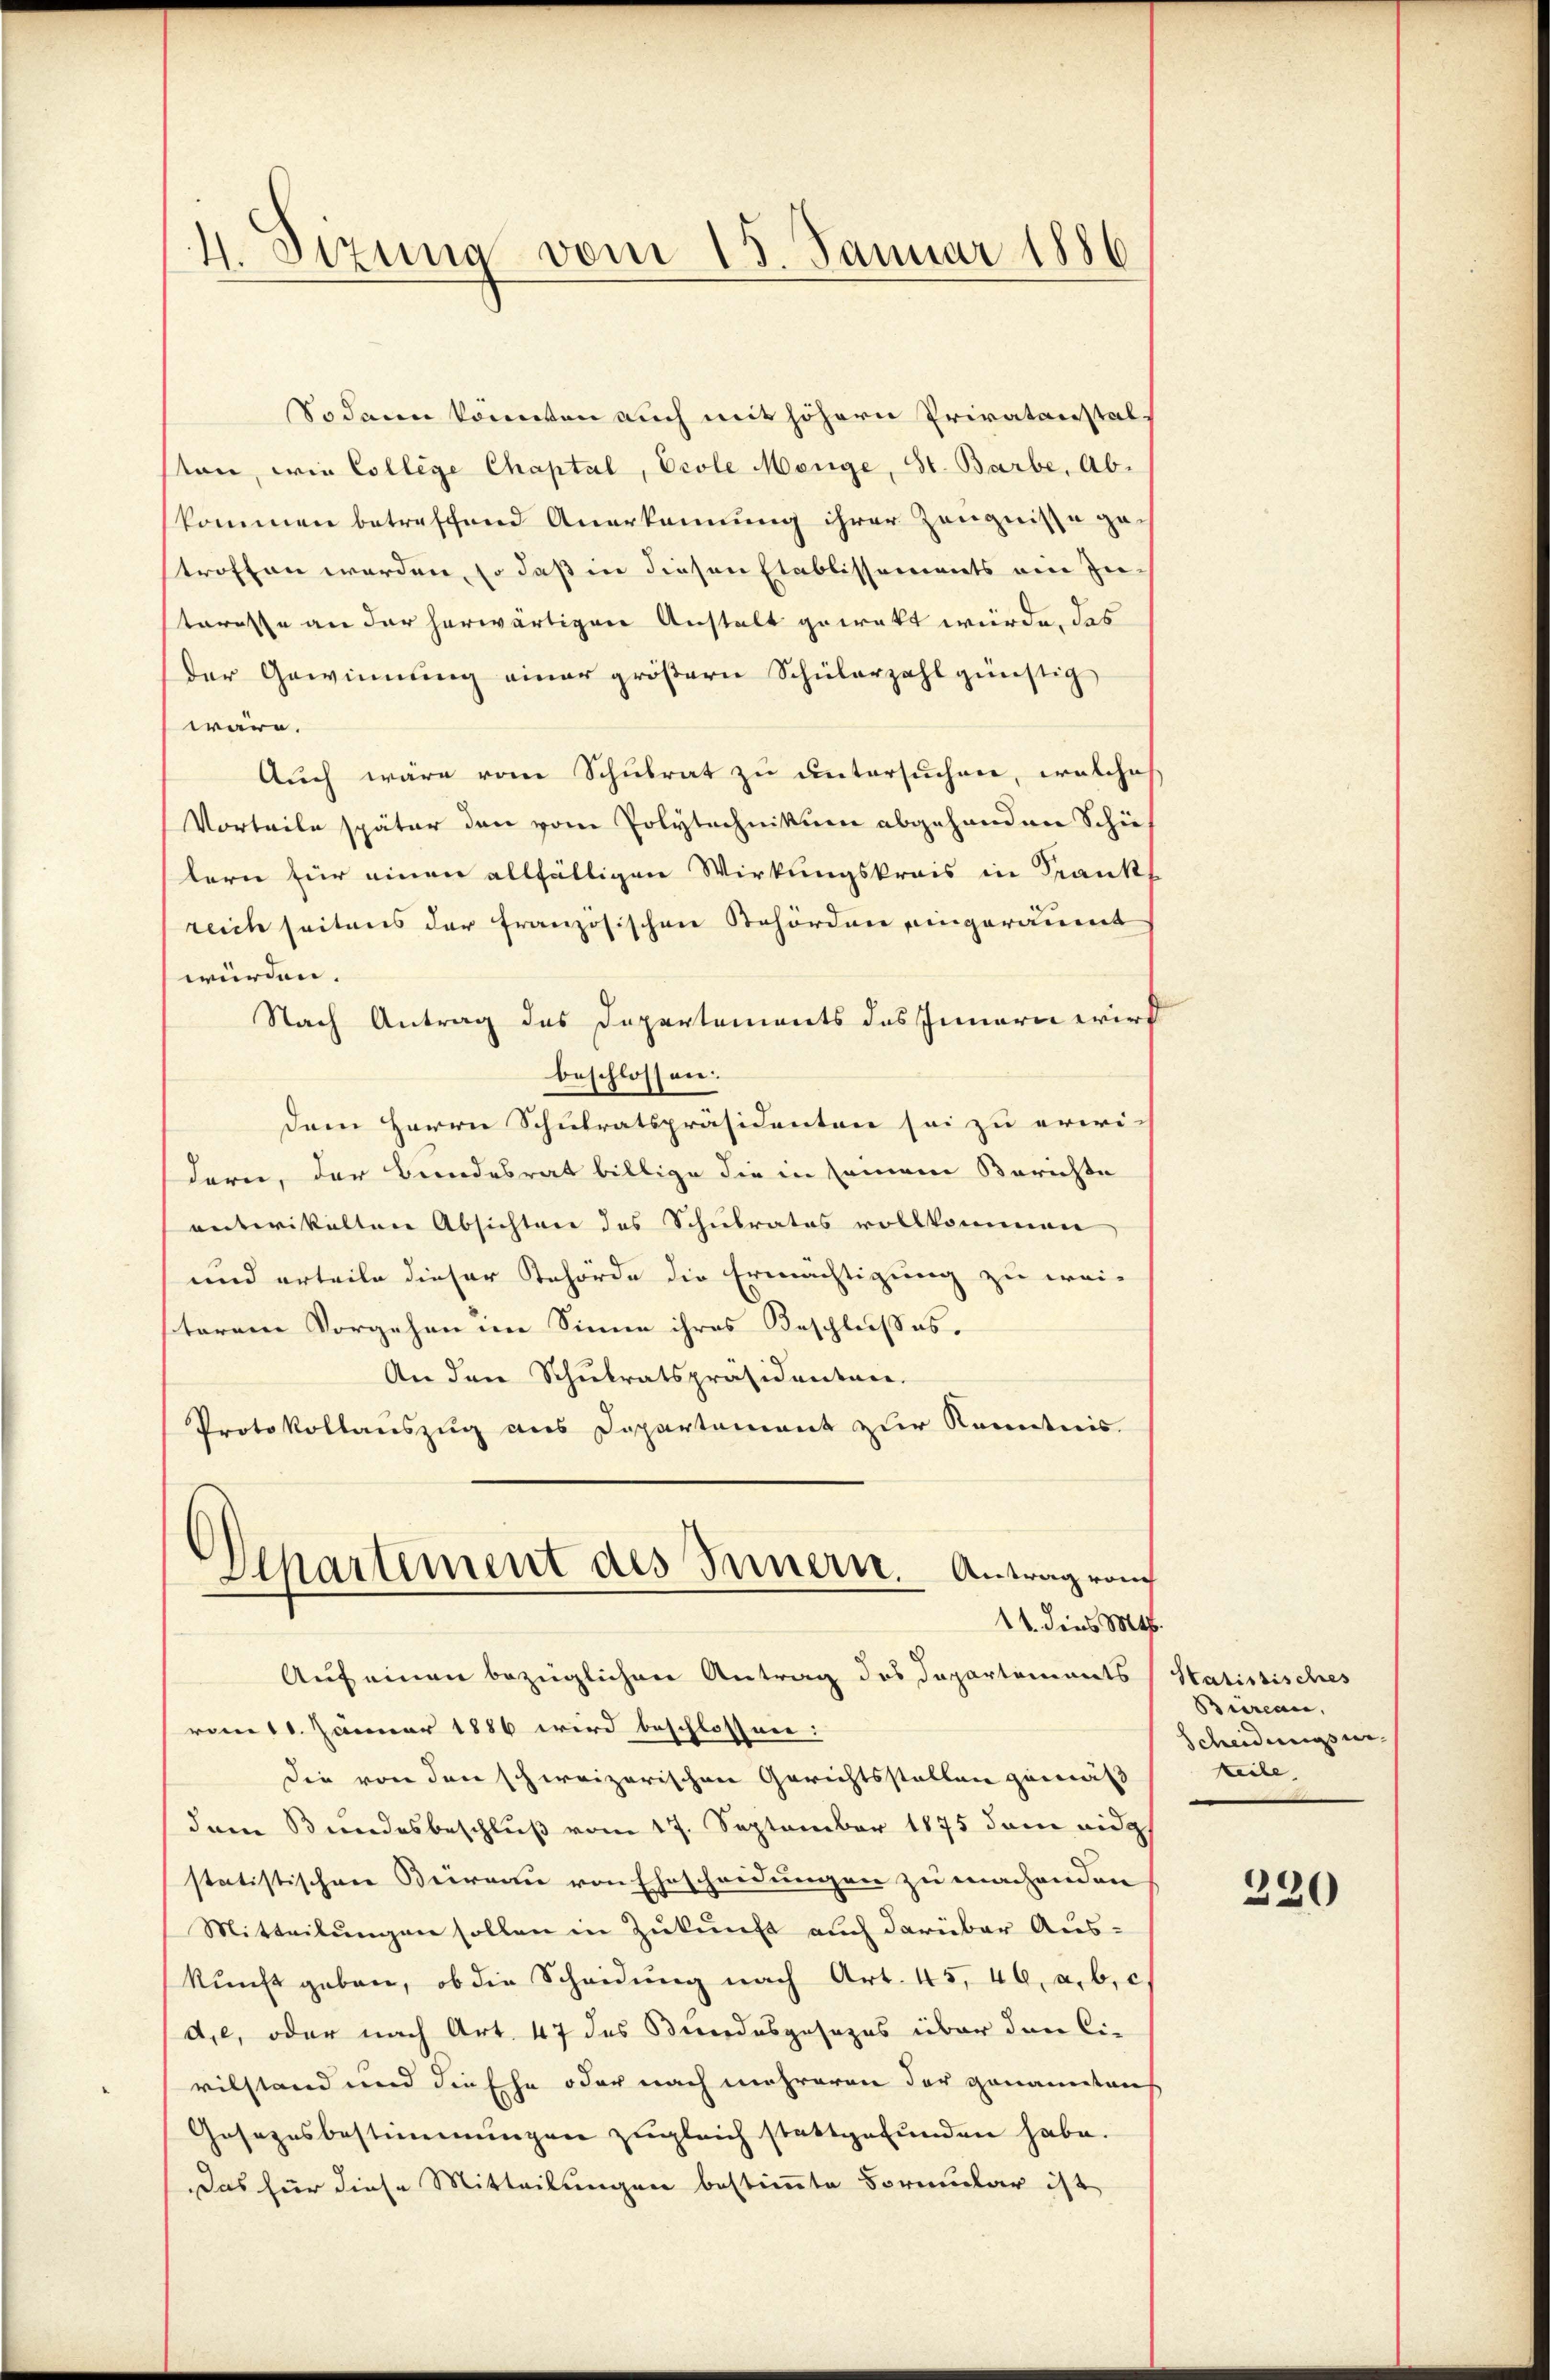
4. Sizung vom 15. Januar 1886

Sodann könnten auch mit höhern Privatanstalton, wie College Chaptal, Ecole Menge, St. Barbe, Abkommen betreffend Anerkennung ihrer Zeugnisse getroffen worden, so daß in diesen Etablissements ein In
steresse an der herwärtigen Anstalt gewekt würde, das
der Gewinnung einer größern Schülerzahl günstig
wäre.
Auch wäre vom Schulrat zu untersuchen, welches
Vorteile später den vom Polytechnikum abgehanden Schü
lern für einen allfälligen Wirkungskrais in Frankt
reich seitens der französischen Behörden eingeräumt
würden.
Nach Antrag des Departements das Innern wird
beschlossen:
dem Herrn Schulratspräsidenten sei zu erwi-
dern, der Bundesrat billige die in seinem Berichte
entwikalten Absichten des Schulrates vollkommen
und erteile dieser Behörde die Ermächtigung zu wei-
terem Vorgehen im Sinne ihres Beschlußes.
An den Schulratspräsidenten.
Protokollauszug aus Departement zur Kenntnis.
Departement des Innern.
Antrag von
11. dies 146.
Auf einen bezüglichen Antrag des Departements
vom 11. Jänner 1886 wird beschlossen:
Die von den schweizerischen Gerichtsstellen gemäß
dem Bundesbeschluß vom 17. September 1875 dem eidg
statistischen Bureau von Ehescheidungen zu machenden
Mitteilungen sollen in Zukunft auch darüber Aus-
kŭnft geben, ob die Scheidŭng nach Art. 45, 46, a. b. c
d,e, oder nach Art. 47 des Bundesgesezes über den Ci-
vilstand und die Ehe oder nach mehreren der genannten
Gesezesbestimmungen zugleich stattgefunden habe.
Das für diese Mitteilungen bestimmte Formular ist

Statissisches
Bureau,
Scheidungsur
keile

330